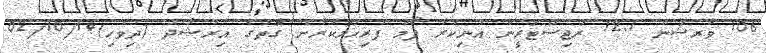
106 ވާރޝަން 12.1 ރަޖިސްޓަރީން އުނިކުރާ ފޯމު ފުރިހަމަކުރާނެ ގޮތުގެ އިރުޝާދު (ދިވެހި)02/10/14